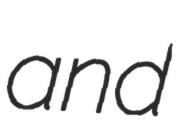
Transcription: and